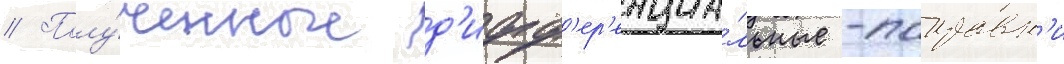
// Полу́ченные д'ифф'ер'енциа́льные -поправк'и